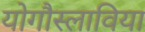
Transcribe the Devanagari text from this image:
योगौस्लाविया